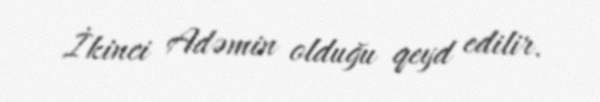
İkinci Adəmin olduğu qeyd edilir.